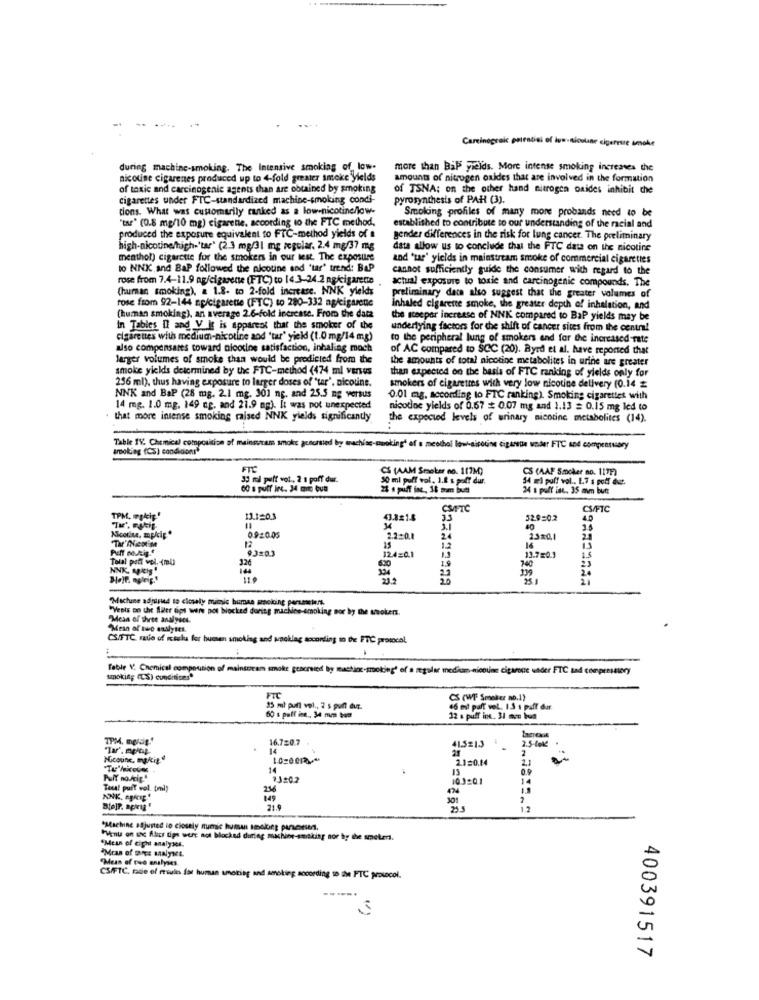
...
Careinograic pairnosi of ive-niosline cigarette smoke
during machine-smoking. The Intensive smoking of low-
more than Bab yields. More intense smoking increases the
nicotine cigarenes produced up to 4-fold greater smoke yields
amounts of nitrogen oxides that are involved in the formation
of toxic and carcinogenic agents than are obtained by smoking
of TSNA: on the other hand nitrogen oxides inhibit the
cigarettes under FTC-standardized machine-smoking condi-
pyrosynthesis of PAH (3).
tions. What was customarily ranked as a low-nicotine/low-
Smoking profiles of many more probands need to be
"tar" (0.8 mg/10 mg) cigaretie, according to the FTC method,
established to contribute to our understanding of the racial and
produced the exposure equivalent to FTC-method yields of a
gender differences in the risk for lung cancer. The preliminary
high-nicotine/high.'tar' (2.3 mg/31 mg regular. 2.4 mg/37 mg
data allow us to conclude that the FTC date on the nicotine
menthol) cigarette for the smokers in our test. The exposure
and 'tar' yields in mainstream smoke of commercial cigarettes
to NNK and BaP followed the nicotine and 'tar' trend: BaP
cannot sufficiently guide the consumer with regard to the
rose from 7.4-11.9 ag/cigarette (FTC) to 14.3-24.2 ng/cigarene
actual exposure to toxic and carcinogenic compounds. The
(human smoking), a 1.2- to 2-fold increase. NNK yiekh
rose from 92-144 np/cigarette (FTC) to 280-332 ag/cigarenie
preliminary data also suggest that the greater volumes of
Inhaled cigarette smoke, the greater depth of inhalation, and
(human smoking), an average 2.6-fold increase. From the data
the seeper increase of NNK compared to BaP yields may be
In Tables Il and V It is apparent that the smoker of the
underlying factors for the shift of cancer sites from the centre!
cigarettes with medium-nicotine and 'tar' yield (1.0 mg/14 mg)
to the peripheral lung of smokers and for the increased-rate
also compensares toward nicotine satisfaction, inhaling mach
of AC compared to SCC (20). Byrd et al. have reported that
larger volumes of smoke than would be predicted from the
the amounts of total nicotine metabolites in urine are greater
smoke yields determined by the FTC-method (474 ml venus
than expected on the basis of FTC ranking of yields only for
256 ml), thus having exposure to larger doses of 'tar'. nicotine.
smokers of cigarettes with very low nicotine delivery (0.14
NNK and BaP (28 mg. 2.1 mg. 301 ng. and 25.5 mg versus
0.01 mg. according to FTC ranking). Smoking cigarettes with
14 mg. 1.0 mg. 149 ng. and 21.9 mg). It was not unexpected
nicotine yields of 0.67 # 0.07 mg and 1.13 = 0.15 mg led to
that more intense smoking raised NNK yields significantly
the expected levels of urinary nicotine metabolites (14).
smoking (CS) conditions"
Table IV. Chemical composition of mainsuram smoke gusortied by machiac-mwoking' af s meethol low-sicodine cigareue under FTC and compensusary
FTC
CS (AAM Smoker no. 117M)
CS (AAF Smoker no. 1171)
33 ml puff vol ., 2 1 poff dur.
50 ml puff vol. 1.2 s polt dur.
54 ml puff vol .. 1.7 s poff det.
60 s puff inc. 34 m bua
28 s puff ine, 16 som butt
24 s proff ist .. 35 mm but
CS/PIC
TPM, mgkip!
13.1503
Nicotine, mplig"
0.920.05
12
9.320.3
Tolat pott wol. (ml)
326
NNK. MitIS"
324
21.2
Machine adjusted to closely micsic human woking perseseiers.
"Vests Do the Sliter ups were pot blocked during machine-smoking nor by the smokers.
Mesa of three analyses.
"Mean of ture endlytes.
CS.TTC rate of itsks for bumsen smoking and socklag soconding to be FTC protocol.
Table V, Chemical compoution of maintricam smoke geacried by machine-smoking' of a regular media-nicoune cigarone under FTC sad compressory
smoking (CS) cunditices"
FTC
CS (WF Smoker no.1)
30.17
15 ml pull vol ., 2 s puff dur.
at pult vel. IS I puff dur
60 s paff ine .. 34 mm bom
32 s puff int. 31 mcc boa
1PM, mg/dig .*
16.720.7
41.5213
"Tar', mplap
14
Nicoune, martige
1.0-0018-
2.1=0.14
13
13:02
10 3:01
Total puff vol. (ml)
236
434
149
301
25.5
*Machine adjusted to closely numic human smoking panensens.
"Meus of eight analyses.
PHent on sc flics tips were not blocked during machine-smaking nor by the smoker.
"Mean of two analyses.
CS/FTC, ralie of results fat human smoking and senoking according to the FTC protocol.
----.
400391517